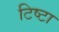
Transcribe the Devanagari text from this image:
टिष्टा